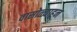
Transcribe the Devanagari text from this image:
वासोळ्याहून